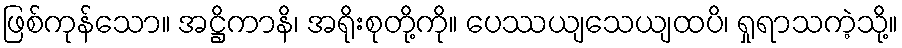
ဖြစ်ကုန်သော။ အဋ္ဌိကာနိ၊ အရိုးစုတို့ကို။ ပေဿယျသေယျထပိ၊ ရှုရာသကဲ့သို့။